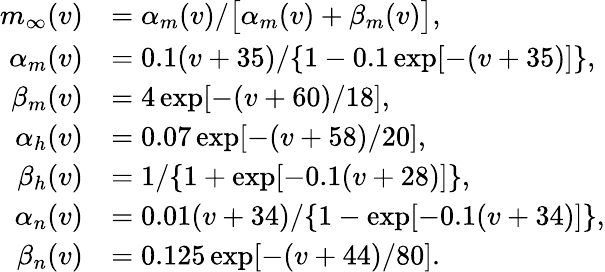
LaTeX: \begin{array}{rl}{m_{\infty}(v)}&{=\alpha_{m}(v)/\big[\alpha_{m}(v)+\beta_{m}(v)\big],}\\ {\alpha_{m}(v)}&{=0.1(v+35)/\{ 1-0.1\exp[-(v+35)]\} ,}\\ {\beta_{m}(v)}&{=4\exp[-(v+60)/18],}\\ {\alpha_{h}(v)}&{=0.07\exp[-(v+58)/20],}\\ {\beta_{h}(v)}&{=1/\{ 1+\exp[-0.1(v+28)]\} ,}\\ {\alpha_{n}(v)}&{=0.01(v+34)/\{ 1-\exp[-0.1(v+34)]\} ,}\\ {\beta_{n}(v)}&{=0.125\exp[-(v+44)/80].}\end{array}